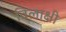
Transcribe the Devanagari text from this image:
विलाक्षी